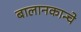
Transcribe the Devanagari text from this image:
बालानकान्चे